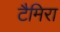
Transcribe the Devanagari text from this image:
टैमिरा